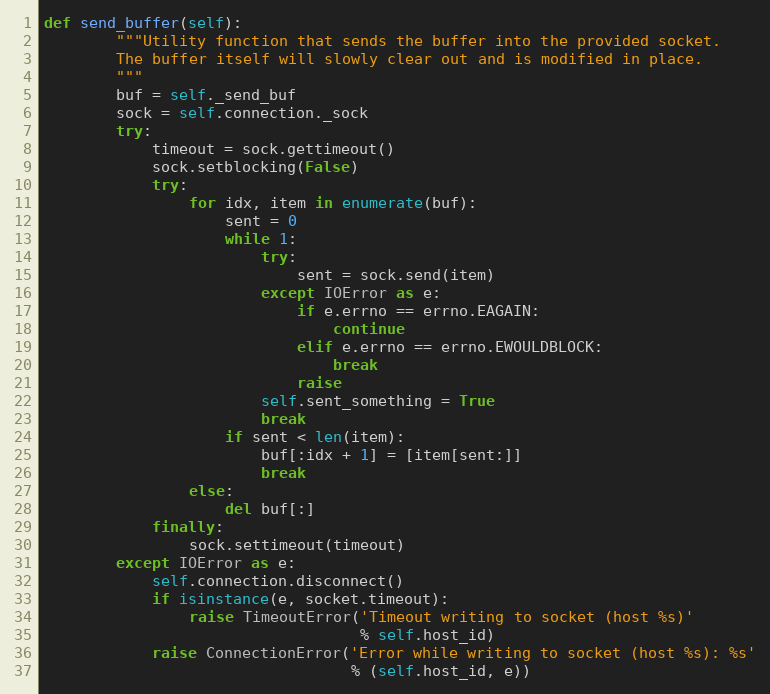
Language: Python
def send_buffer(self):
        """Utility function that sends the buffer into the provided socket.
        The buffer itself will slowly clear out and is modified in place.
        """
        buf = self._send_buf
        sock = self.connection._sock
        try:
            timeout = sock.gettimeout()
            sock.setblocking(False)
            try:
                for idx, item in enumerate(buf):
                    sent = 0
                    while 1:
                        try:
                            sent = sock.send(item)
                        except IOError as e:
                            if e.errno == errno.EAGAIN:
                                continue
                            elif e.errno == errno.EWOULDBLOCK:
                                break
                            raise
                        self.sent_something = True
                        break
                    if sent < len(item):
                        buf[:idx + 1] = [item[sent:]]
                        break
                else:
                    del buf[:]
            finally:
                sock.settimeout(timeout)
        except IOError as e:
            self.connection.disconnect()
            if isinstance(e, socket.timeout):
                raise TimeoutError('Timeout writing to socket (host %s)'
                                   % self.host_id)
            raise ConnectionError('Error while writing to socket (host %s): %s'
                                  % (self.host_id, e))